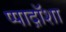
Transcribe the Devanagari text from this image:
प्पाद़ॉशा